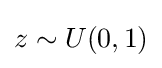
\displaystyle z\sim U(0,1)